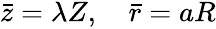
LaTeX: \begin{array}{r}{\bar{z}=\lambda Z,\quad\bar{r}={a}R}\end{array}